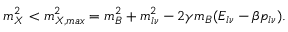
m _ { X } ^ { 2 } < m _ { X , m a x } ^ { 2 } = m _ { B } ^ { 2 } + m _ { l \nu } ^ { 2 } - 2 \gamma m _ { B } ( E _ { l \nu } - \beta p _ { l \nu } ) .